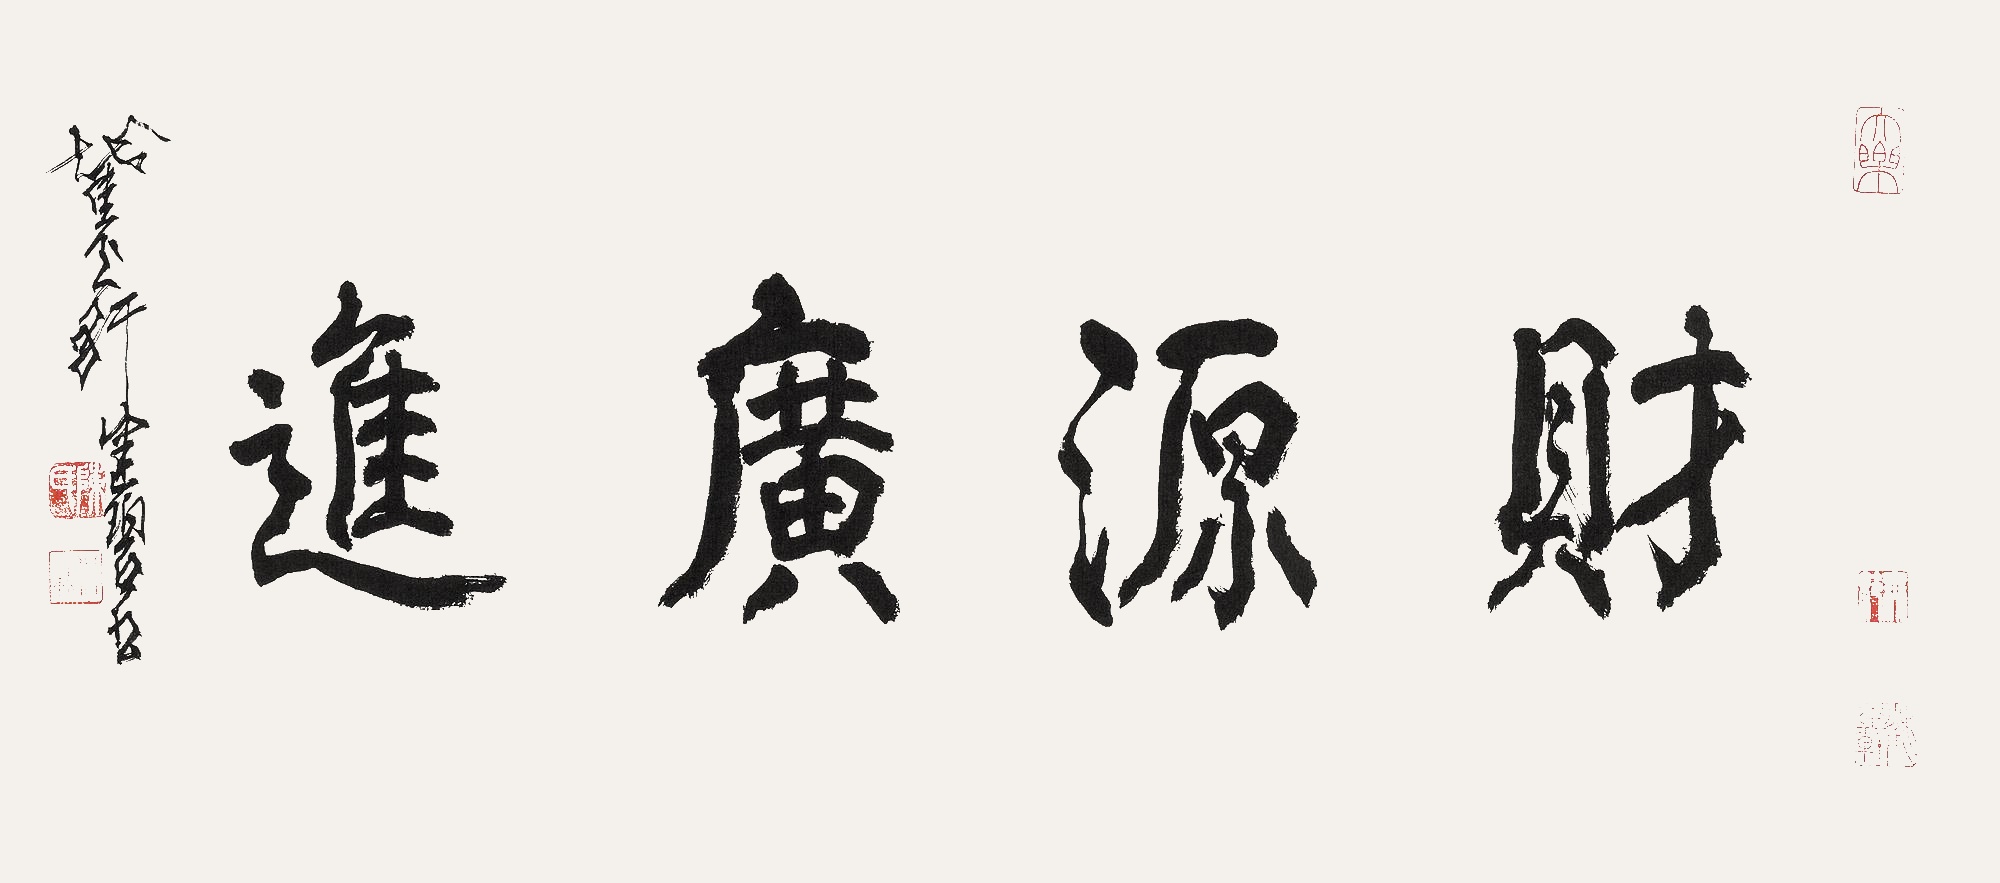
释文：财源广进截玉轩健碧书。